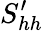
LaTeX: S_{hh}^{\prime}